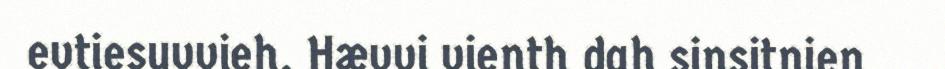
evtiesuvvieh. Hævvi vienth dah sinsitnien